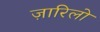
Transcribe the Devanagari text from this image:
ज़ारिलो